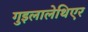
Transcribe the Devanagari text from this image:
गुइलालेथिएर